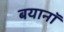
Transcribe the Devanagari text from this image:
बयानॉ